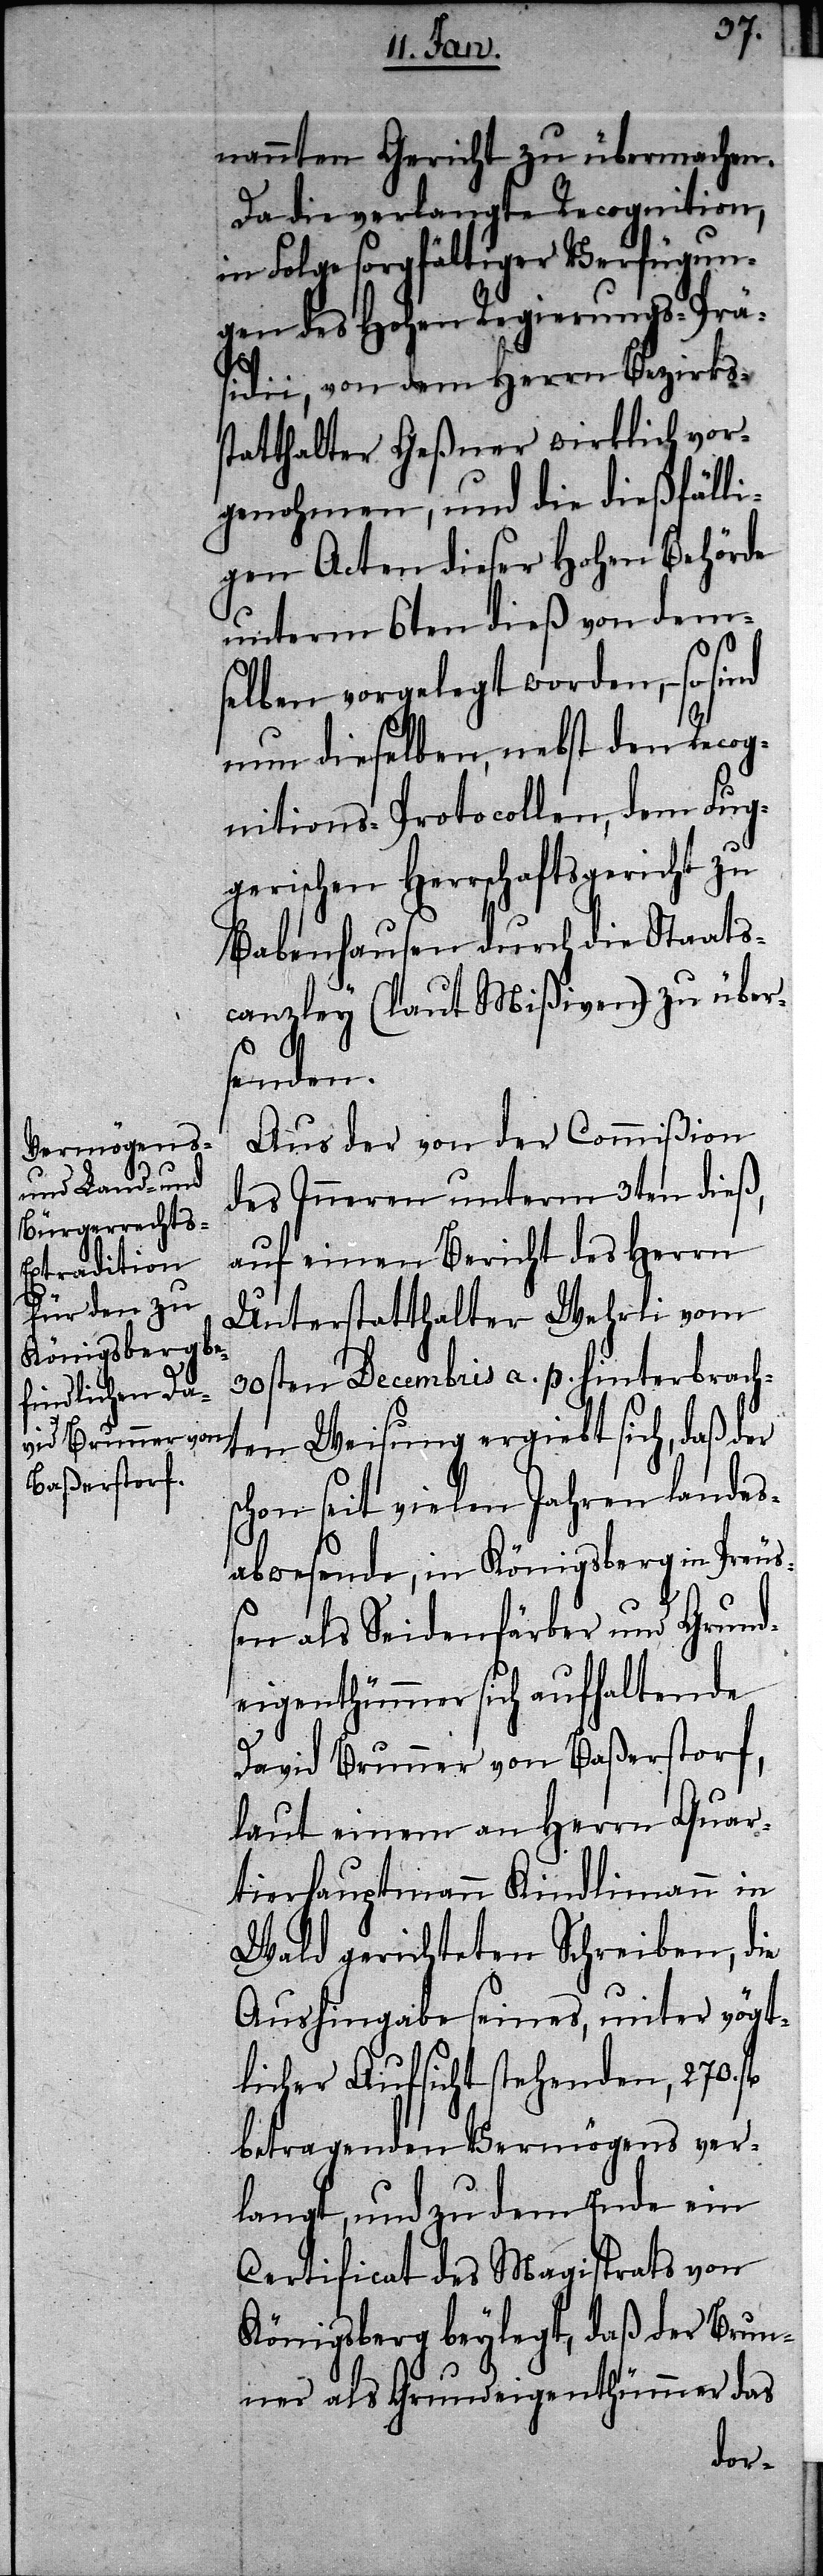
nannten Gericht zu übermachen.
Da die verlangte Recognition,
in Folge sorgfältiger Verfügun¬
gen des Hohen Regierungs-Prä¬
sidii, von dem Herrn Bezirks¬
statthalter Geßner wirklich vor¬
genohmen, und die dießfälli¬
gen Acten dieser Hohen Behörde
unterm 6ten dieß von dem¬
selben vorgelegt worden, – so
nun dieselben, nebst den Recog¬
nitions-Protocollen, dem Fug¬
gerischen Herrschaftsgericht zu
Babenhausen durch die Staats¬
canzley (laut Mißiven) zu über¬
senden.
Aus der von der Commißion
des Inneren unterm 3ten dieß,
auf einen Bericht des Herrn
Unterstatthalter Wehrli vom
30sten Decembris a. p. hinterbrach¬
ten Weisung ergiebt sich, daß der
chon seit vielen Jahren landes¬
abwesende, in Königsberg in Preuß¬
s¬
en als Seidenfärber und Grund¬
eigenthümmer sich aufhaltende
David Brunner von Baßerstorf,
laut einem an Herrn Quar¬
tierhauptmann Kindlimann in
Wald gerichteten Schreiben, die
Aushingabe seines, unter vögt¬
licher Aufsicht stehenden, 270.
betragenden Vermögens ver¬
langt, und zu dem Ende ein
Certificat des Magistrats von
Königsberg beylegt, daß der Brun¬
ner als Grundeigenthümmer das